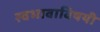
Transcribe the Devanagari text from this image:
स्वभावाविषयी